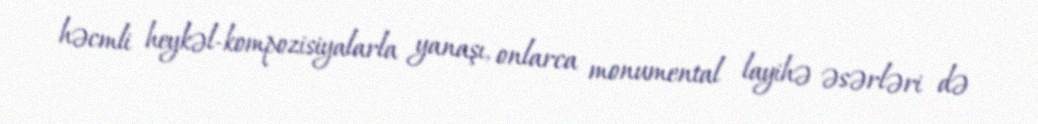
həcmli heykəl-kompozisiyalarla yanaşı, onlarca monumental layihə əsərləri də